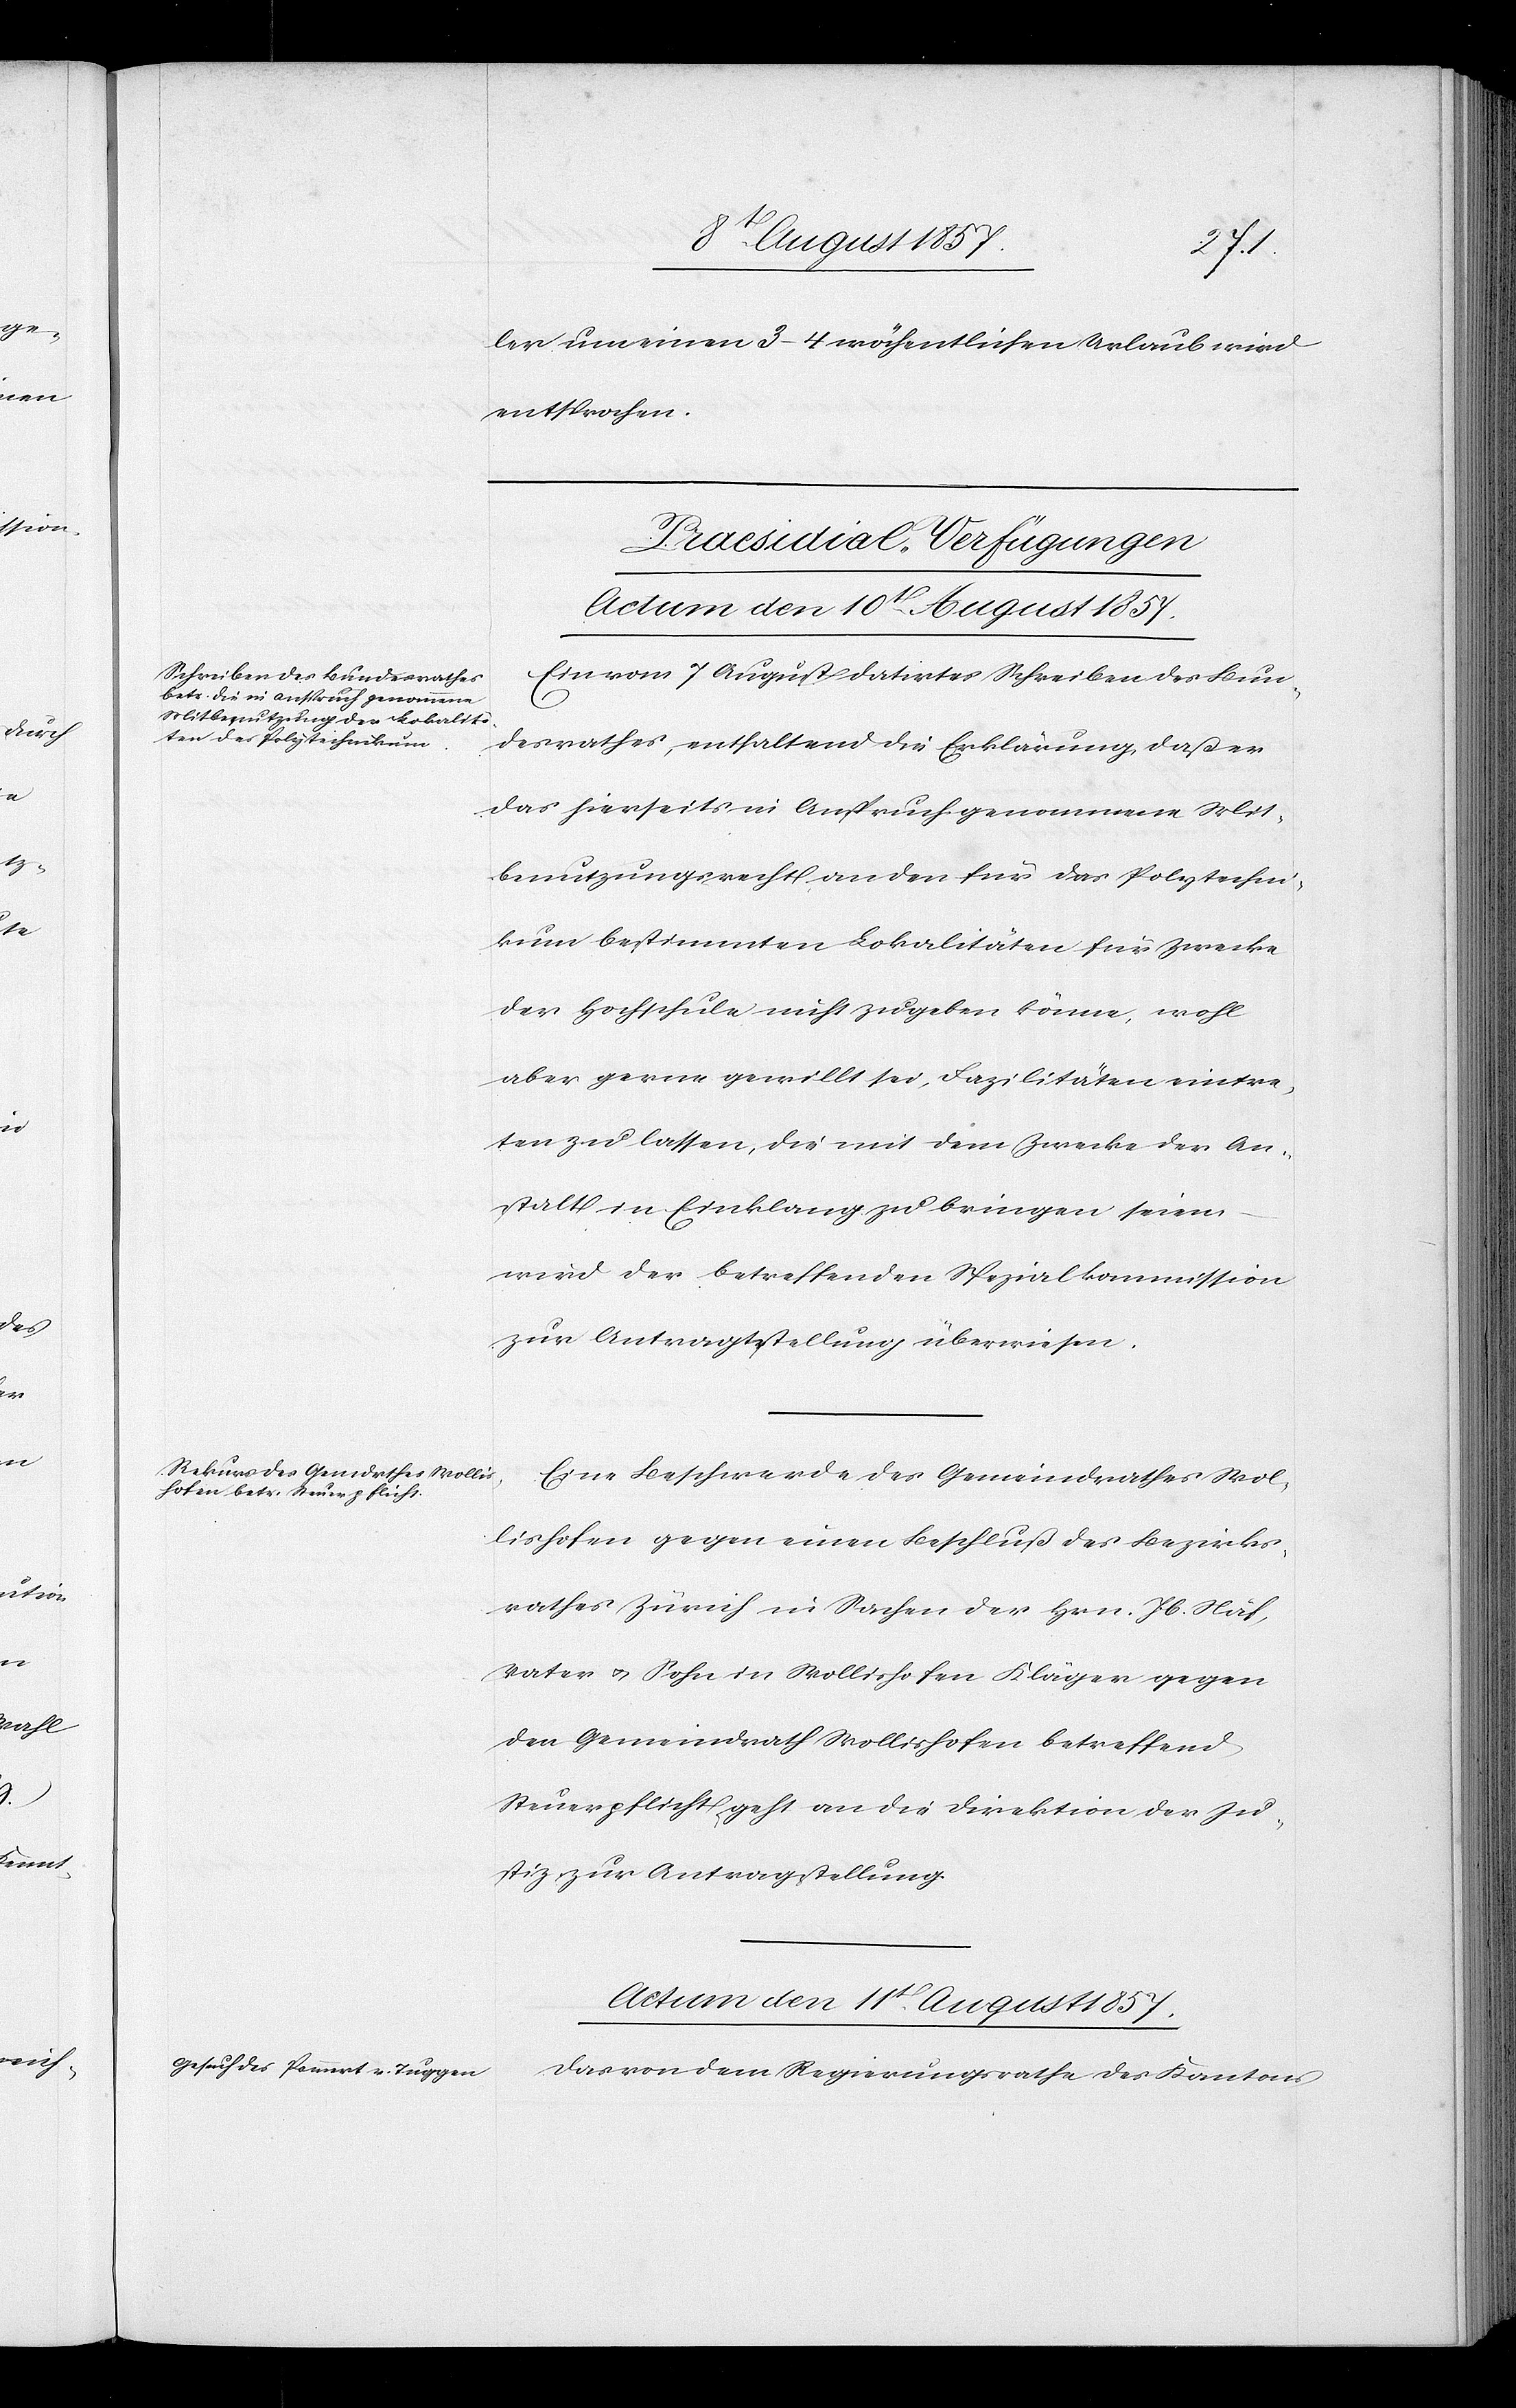
ler um einen 3–4 wöchentlichen Urlaub wird
entsprochen.
[Praesidial-Verfügungen.]
Ein vom 7 August datirtes Schreiben des Bun¬
desrathes, enthaltend die Erklärung, daß er
das hierseits in Anspruch genommene Mit¬
benutzungsrecht von den für das Polytechni¬
kum bestimmten Lokalitäten für Zwecke
der Hochschule nicht zugeben könne, wohl
aber gerne gewillt sei, Fazilitäten eintre¬
ten zu lassen, die mit dem Zwecke der An¬
stalt in Einklang zu bringen seien
wird der betreffenden Spezialkommission
zur Antragstellung überwiesen.
Eine Beschwerde des Gemeindrathes Wol¬
lishofen gegen einen Beschluß des Bezirks¬
rathes Zürich in Sachen der Hrn. Jb. Näf,
Vater & Sohn in Wollishofen Kläger gegen
den Gemeindrath Wollishofen betreffend
Steuerpflicht geht an die Direktion der Ju¬
stiz zur Antragstellung.
Actum den 11t August 1857.
Das von dem Regierungsrathe des Kantons